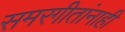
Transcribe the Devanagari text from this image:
समरगीतांनाही